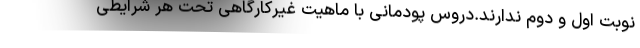
نوبت اول و دوم ندارند.دروس پودمانی با ماهیت غیرکارگاهی تحت هر شرایطی